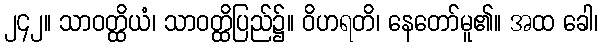
၂၄၂။ သာဝတ္ထိယံ၊ သာဝတ္ထိပြည်၌။ ဝိဟရတိ၊ နေတော်မူ၏။ အထ ခေါ၊